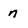
Character: n